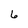
Character: 6